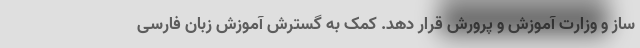
ساز و وزارت آموزش و پرورش قرار دهد. کمک به گسترش آموزش زبان فارسی